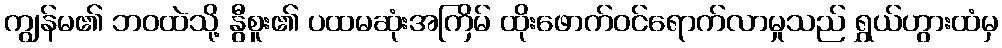
ကျွန်မ၏ ဘဝထဲသို့ နွီစူး၏ ပထမဆုံးအကြိမ် ထိုးဖောက်ဝင်ရောက်လာမှုသည် ရွှယ်ဟွားထံမှ